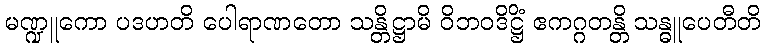
မဏ္ဍူကော ပဒဟတိ ပေါရာဏတော သန္တိဋ္ဌာမိ ဝိဘဝဒိဋ္ဌိံ ဧကဂ္ဂတန္တိ သန္ဓူပေတီတိ